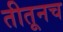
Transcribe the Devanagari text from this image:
तीतूनच